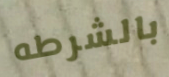
بالشرطه